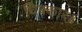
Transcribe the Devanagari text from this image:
धिक्कार॥